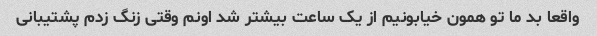
واقعا بد ما تو همون خیابونیم از یک ساعت بیشتر شد اونم وقتی زنگ زدم پشتیبانی